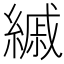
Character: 縬